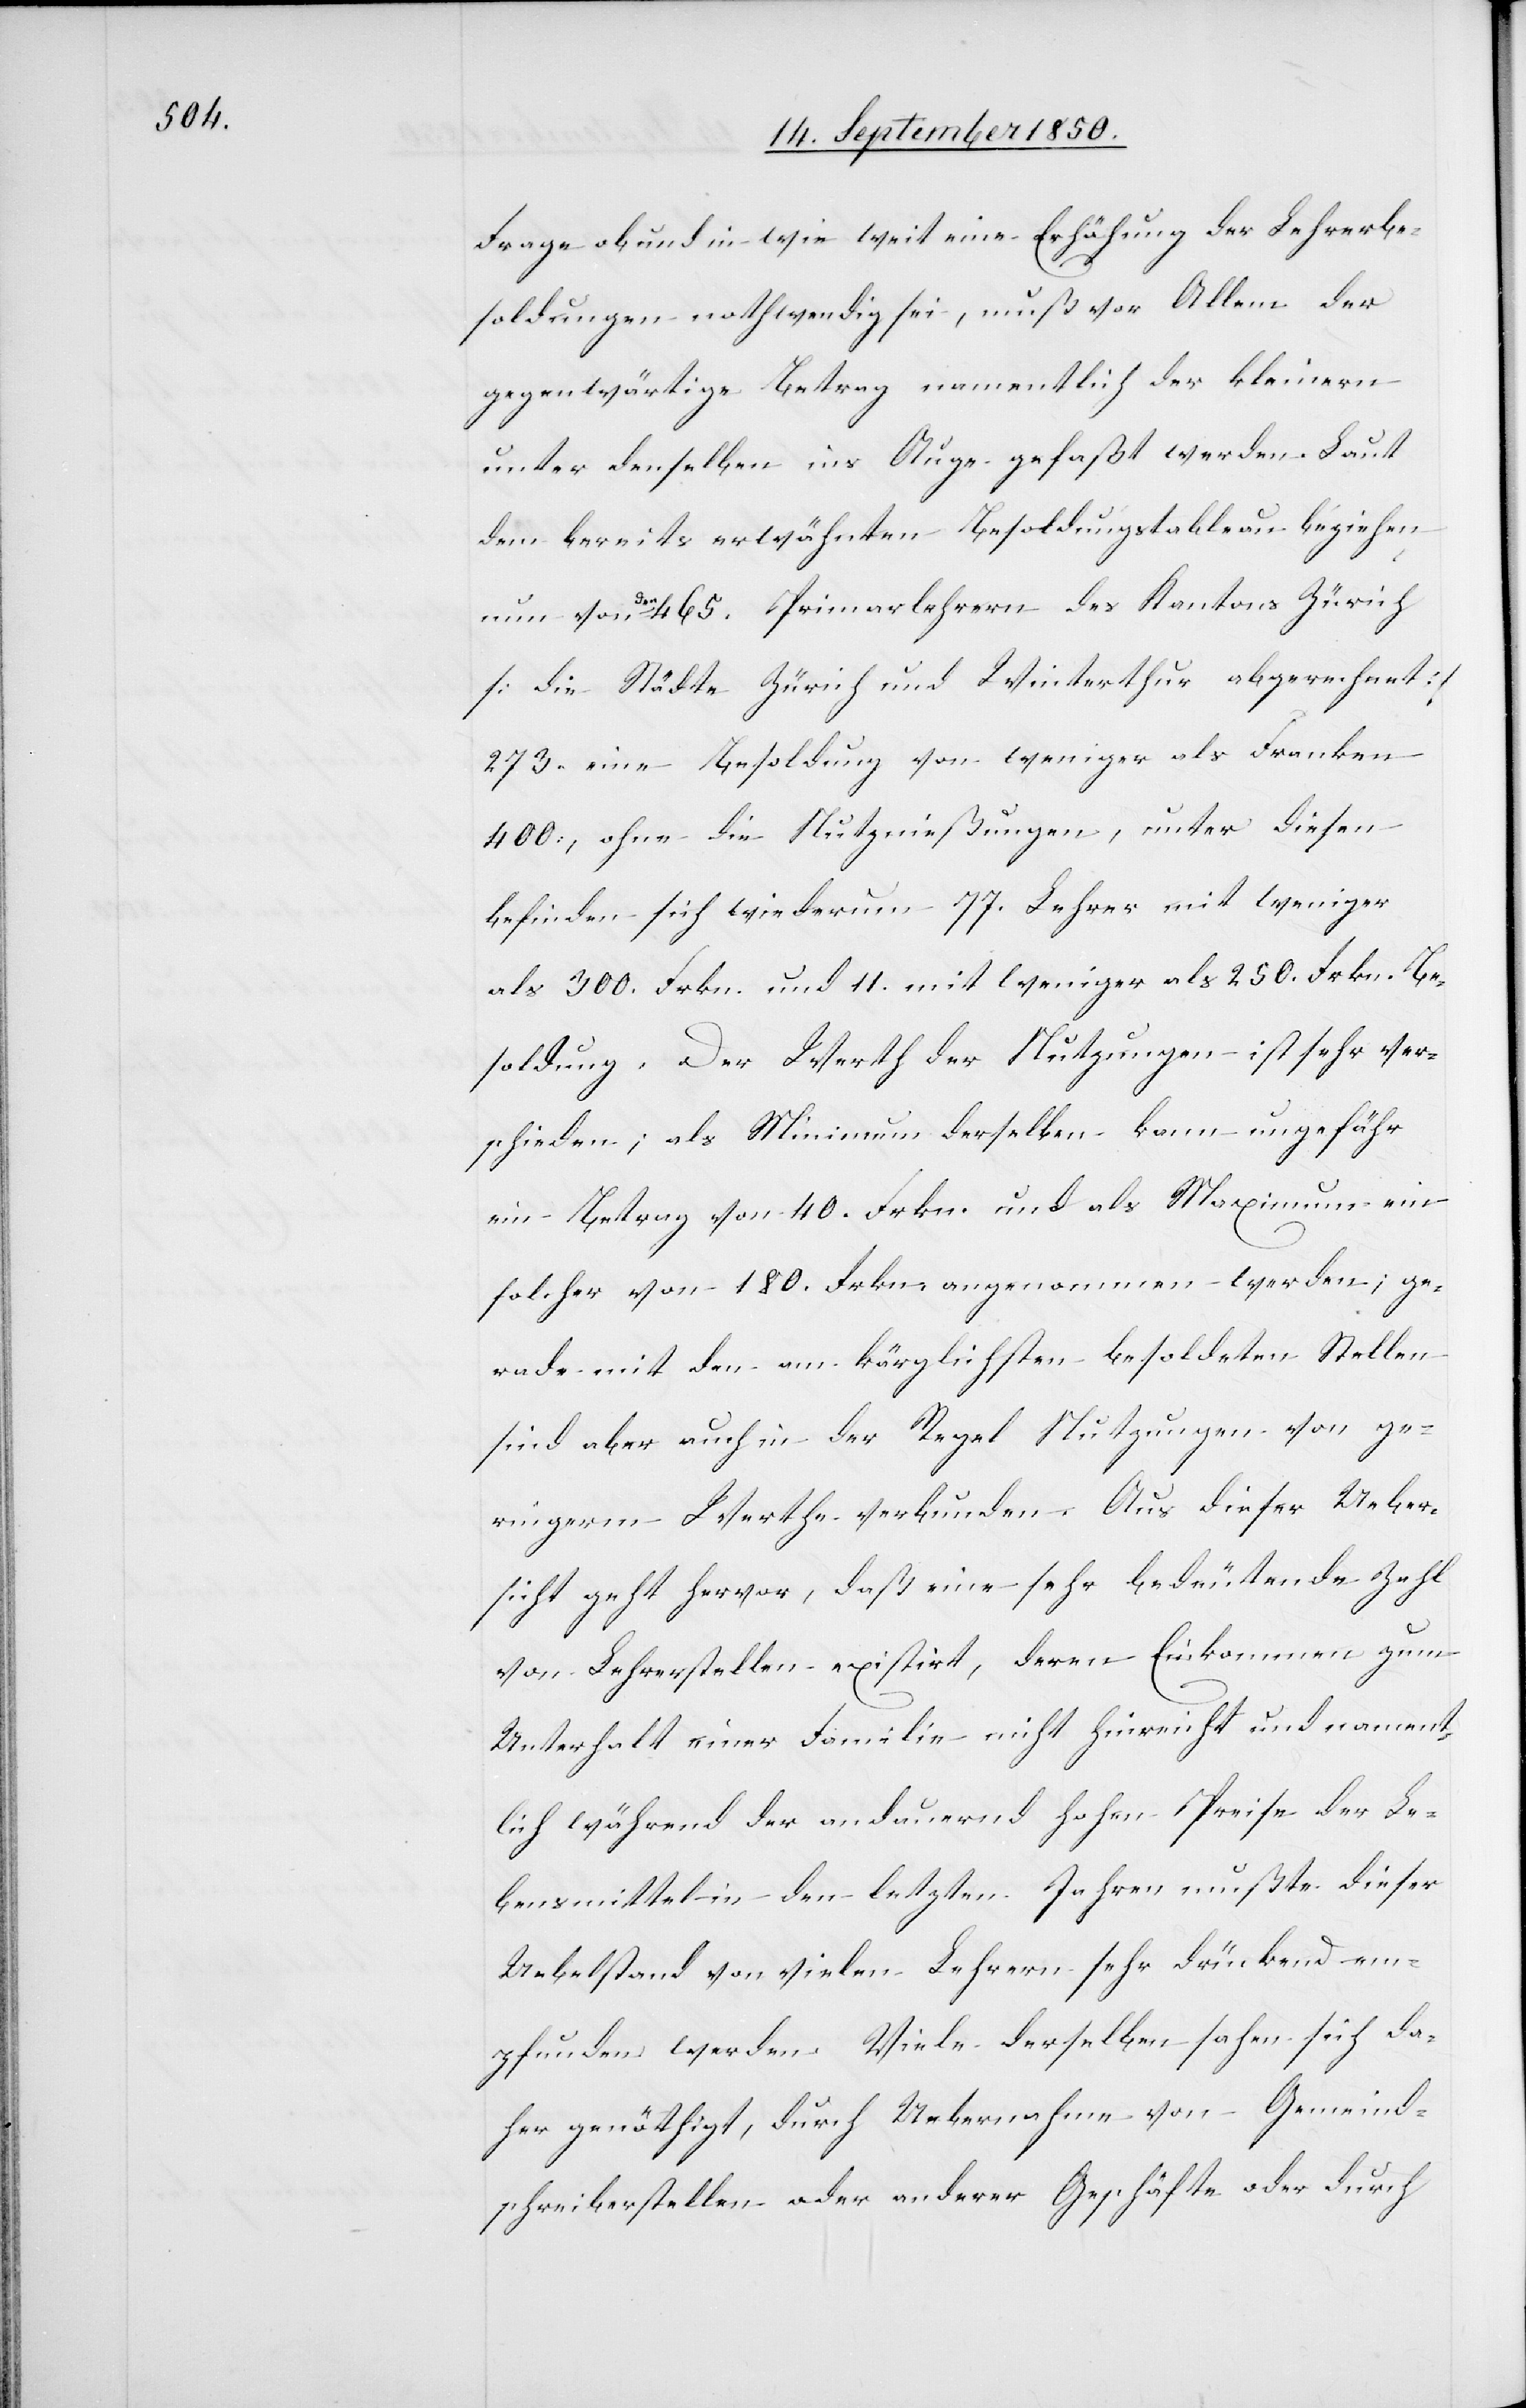
Frage ob und in wie weit eine Erhöhung der Lehrerbe¬
soldungen nothwendig sei, muß vor Allem der
gegenwärtige Betrag namentlich der kleinern
unter denselben ins Auge gefaßt werden. Laut
dem bereits erwähnten Besoldungstableau beziehen
nun von den 465. Primarlehrern des Kantons Zürich
[die Städte Zürich und Winterthur abgerechnet]
273. eine Besoldung von weniger als Franken
400., ohne die Nutznießungen, unter diesen
befinden sich wiederum 77. Lehrer mit weniger
als 300. Frkn. und 11. mit weniger als 250. Frkn. Be¬
soldung. Der Werth der Nutzungen ist sehr ver¬
schieden; als Minimum derselben kann ungefähr
ein Betrag von 40. Frkn. und als Maximum ein
solcher von 180. Frkn. angenommen werden; ge¬
rade mit den am kärglichsten besoldeten Stellen
sind aber auch in der Regel Nutzungen von ge¬
ringerm Werthe verbunden. Aus dieser Ueber¬
sicht geht hervor, daß eine sehr bedeutende Zahl
von Lehrerstellen existirt, deren Einkommen zum
Unterhalt einer Familie nicht hinreicht und nament¬
lich während der andauernd hohen Preise der Le¬
bensmittel in den letzten Jahren mußte dieser
Uebelstand von vielen Lehrern sehr drückend em¬
pfunden werden. Viele derselben sahen sich da¬
her genöthigt, durch Uebernahme von Gemeind¬
schreiberstellen oder anderer Geschäfte oder durch